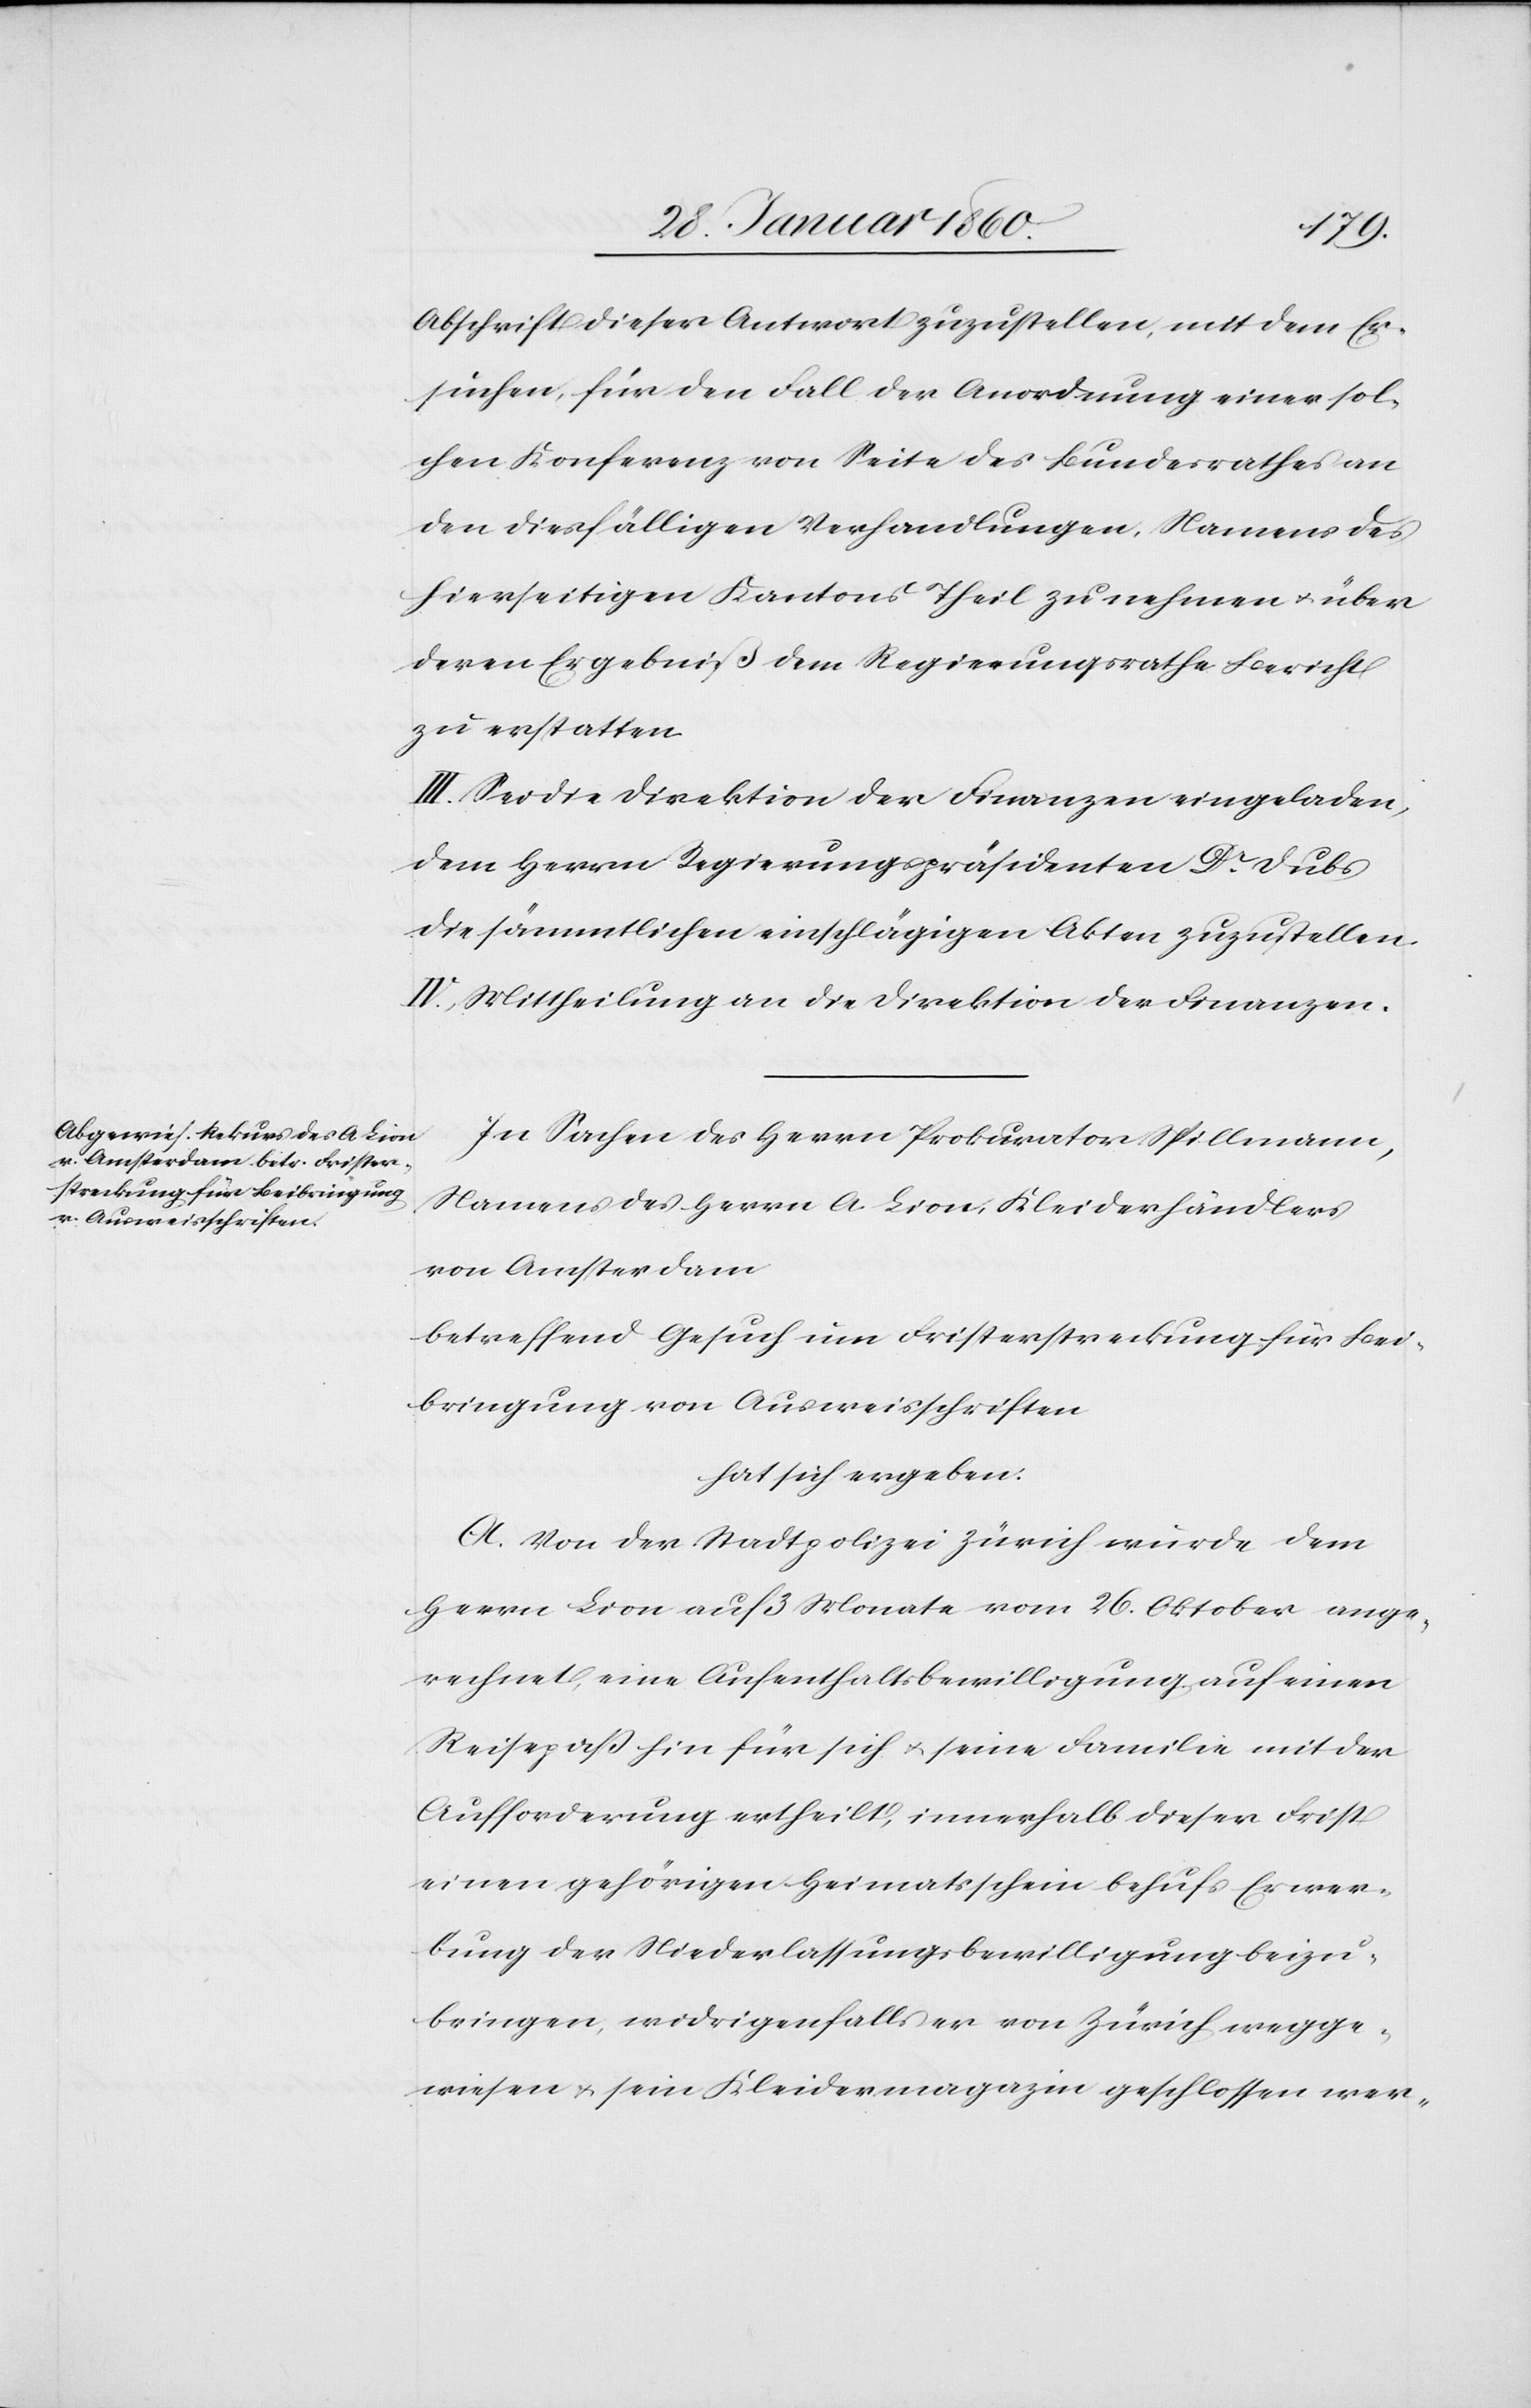
Abschrift dieser Antwort zuzustellen, mit dem Er¬
suchen für den Fall der Anordnung einer sol¬
chen Konferenz von Seite des Bundesrathes an
den diesfälligen Verhandlungen. Namens des
hierseitigen Kantons Theil zu nehmen u. über
deren Ergebniß dem Regierungsrathe Bericht
zu erstatten.
III. Sei die Direktion der Finanzen eingeladen,
dem Herrn Regierungspräsidenten Dr Dubs
die sämmtlichen einschlägigen Akten zuzustellen.
IV. Mittheilung an die Direktion der Finanzen.
In Sachen des Herrn Prokurator Spillmann,
Namens des Herrn A. Lion, Kleiderhändlers
von Amsterdam
betreffend Gesuch um Fristerstreckung für Bei¬
bringung von Ausweisschriften
hat sich ergeben:
A. Von der Stadtpolizei Zürich wurde dem
Herrn Lion auf 3 Monaten vom 26. Oktober ange¬
rechnet, eine Aufenthaltsbewilligung, auf einen
Reisepaß hin für sich u. seine Familie mit der
Aufforderung ertheilt, innerhalb dieser Frist
einen gehörigen Heimatsschein behufs Erwer¬
bung der Niederlassungsbewilligung beizu¬
bringen, widrigenfalls er von Zürich wegge¬
wiesen u. sein Kleidermagazin geschlossen wer-